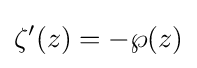
\zeta '(z)=-\wp (z)